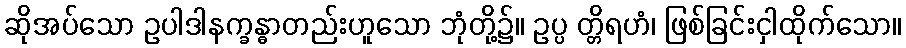
ဆိုအပ်သော ဥပါဒါနက္ခန္ဓာတည်းဟူသော ဘုံတို့၌။ ဥပ္ပ တ္တိရဟံ၊ ဖြစ်ခြင်းငှါထိုက်သော။